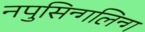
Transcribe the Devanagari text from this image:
नपुसिन्गलिन्ग